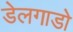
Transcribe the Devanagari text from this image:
डेलगाडो